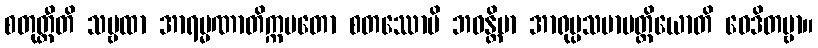
စတုတ္ထီတိ သဗ္ဗထာ အာရမ္မဏာတိက္ကမတော စတဿောပိ ဘဝန္တိမာ အာရုပ္ပသမာပတ္တိယောတိ ဝေဒိတဗ္ဗာ။